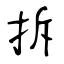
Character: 拆